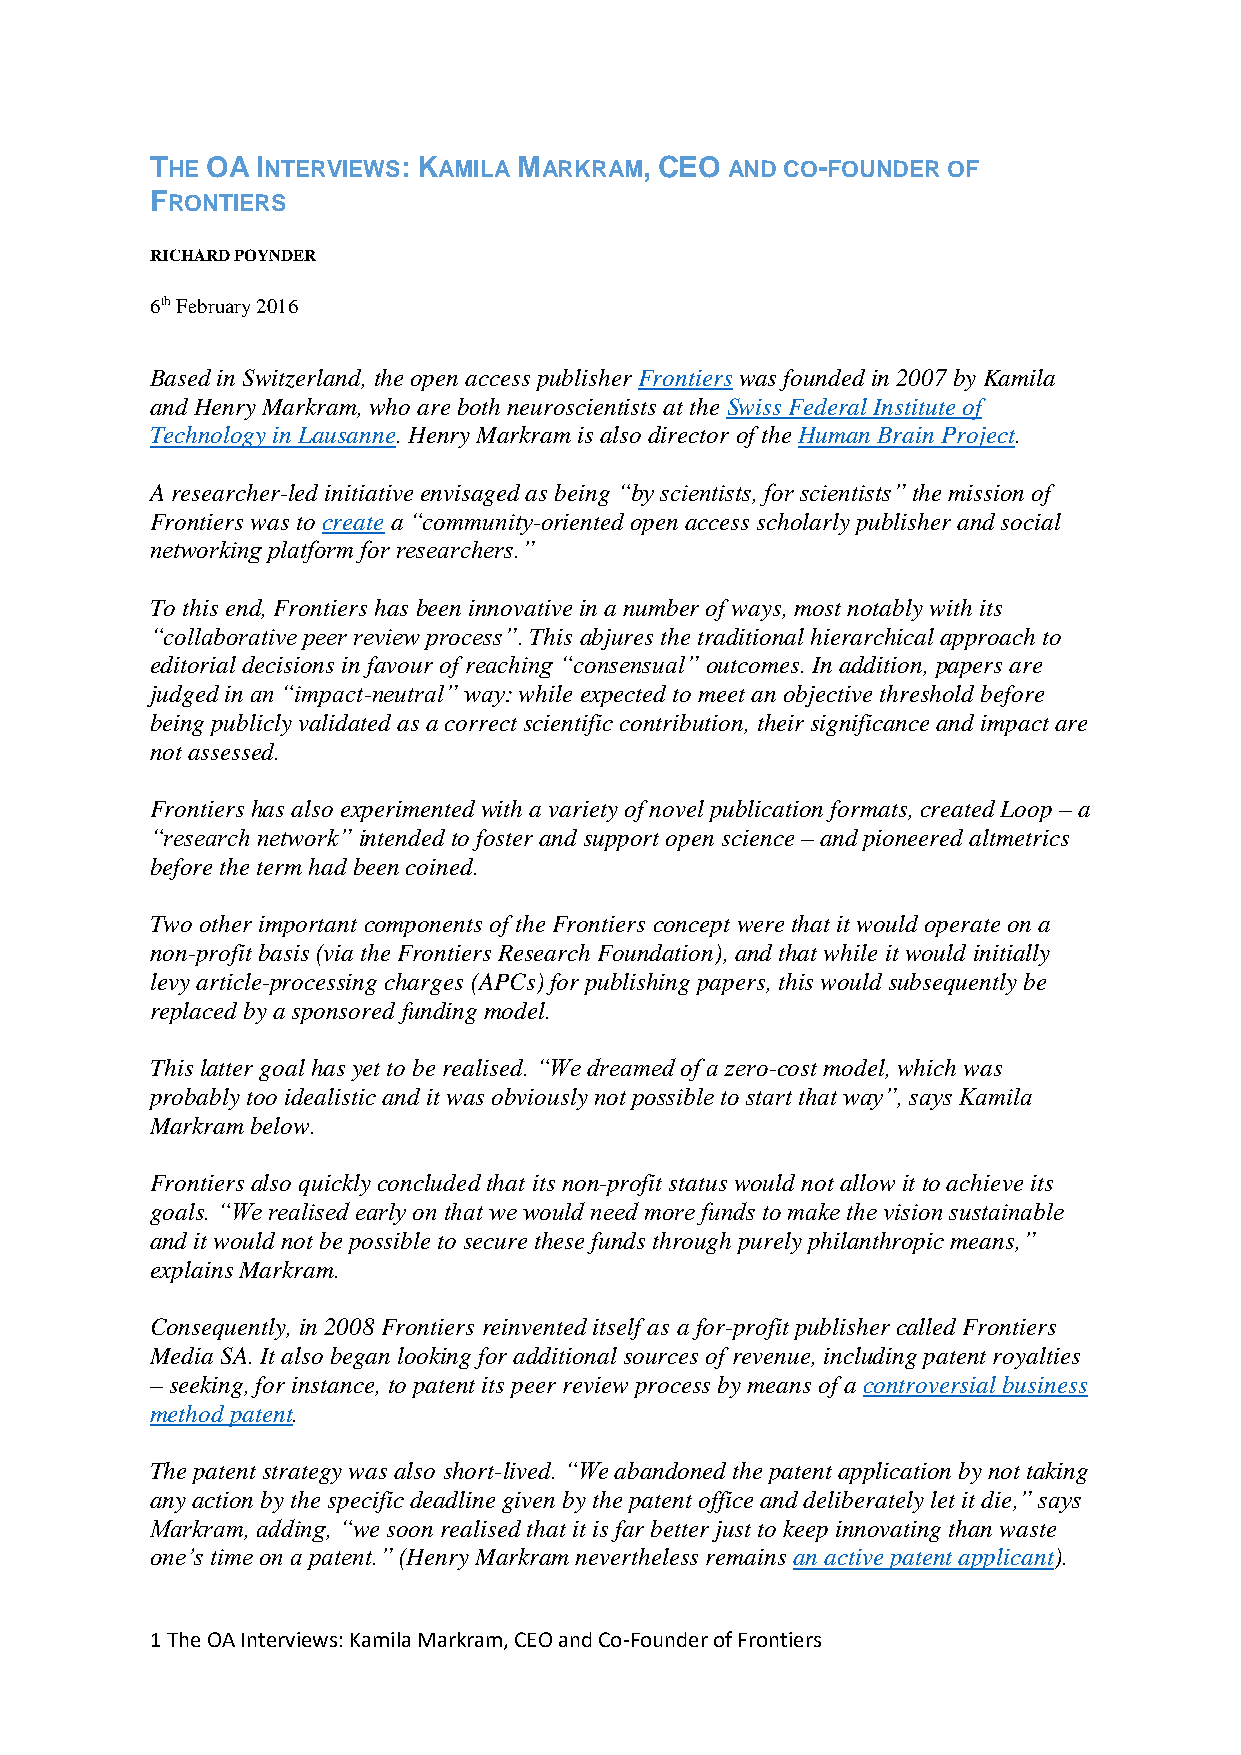
THE OA INTERVIEWS: KAMILA MARKRAM, CEO AND CO-FOUNDER OF
 FRONTIERS
 RICHARD POYNDER
 6th February 2016
 Based in Switzerland, the open access publisher Frontiers was founded in 2007 by Kamila
 and Henry Markram, who are both neuroscientists at the Swiss Federal Institute of
 Technology in Lausanne. Henry Markram is also director of the Human Brain Project.
 A researcher-led initiative envisaged as being “by scientists, for scientists” the mission of
 Frontiers was to create a “community-oriented open access scholarly publisher and social
 networking platform for researchers.”
 To this end, Frontiers has been innovative in a number of ways, most notably with its
 “collaborative peer review process”. This abjures the traditional hierarchical approach to
 editorial decisions in favour of reaching “consensual” outcomes. In addition, papers are
 judged in an “impact-neutral” way: while expected to meet an objective threshold before
 being publicly validated as a correct scientific contribution, their significance and impact are
 not assessed.
 Frontiers has also experimented with a variety of novel publication formats, created Loop – a
 “research network” intended to foster and support open science – and pioneered altmetrics
 before the term had been coined.
 Two other important components of the Frontiers concept were that it would operate on a
 non-profit basis (via the Frontiers Research Foundation), and that while it would initially
 levy article-processing charges (APCs) for publishing papers, this would subsequently be
 replaced by a sponsored funding model.
 This latter goal has yet to be realised. “We dreamed of a zero-cost model, which was
 probably too idealistic and it was obviously not possible to start that way”, says Kamila
 Markram below.
 Frontiers also quickly concluded that its non-profit status would not allow it to achieve its
 goals. “We realised early on that we would need more funds to make the vision sustainable
 and it would not be possible to secure these funds through purely philanthropic means,”
 explains Markram.
 Consequently, in 2008 Frontiers reinvented itself as a for-profit publisher called Frontiers
 Media SA. It also began looking for additional sources of revenue, including patent royalties
 – seeking, for instance, to patent its peer review process by means of a controversial business
 method patent.
 The patent strategy was also short-lived. “We abandoned the patent application by not taking
 any action by the specific deadline given by the patent office and deliberately let it die,” says
 Markram, adding, “we soon realised that it is far better just to keep innovating than waste
 one’s time on a patent.” (Henry Markram nevertheless remains an active patent applicant).
 1 The OA Interviews: Kamila Markram, CEO and Co-Founder of Frontiers